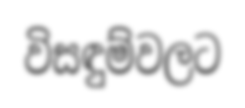
විසඳුම්වලට